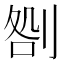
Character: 𠝪